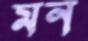
মন